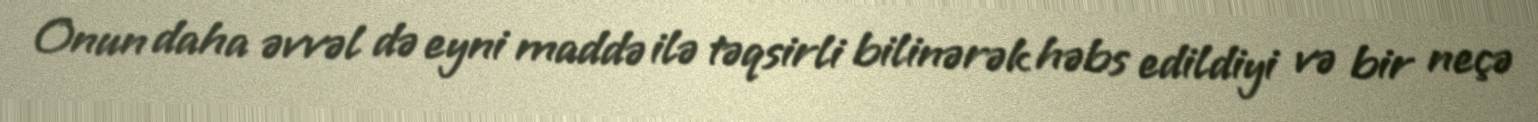
Onun daha əvvəl də eyni maddə ilə təqsirli bilinərək həbs edildiyi və bir neçə